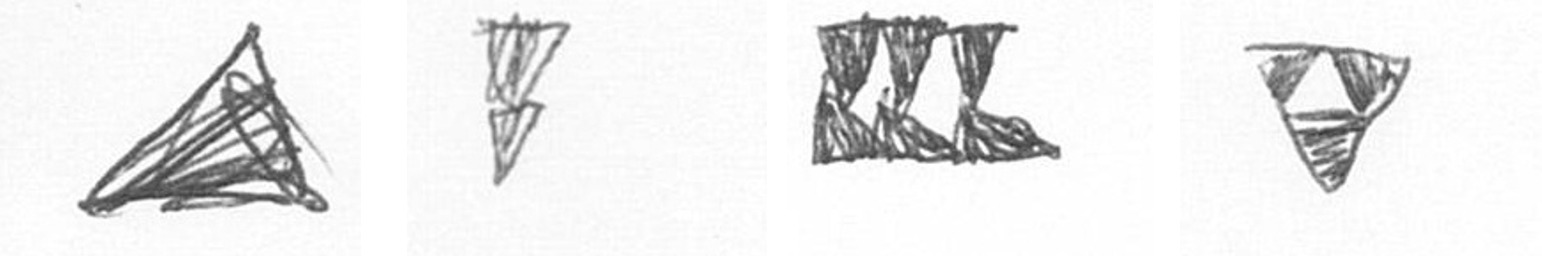
O Z D S